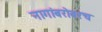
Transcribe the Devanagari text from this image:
नागांबरोबरच